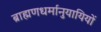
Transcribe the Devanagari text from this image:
ब्राह्मणधर्मानुयायियों